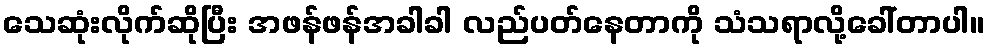
သေဆုံးလိုက်ဆိုပြီး အဖန်ဖန်အခါခါ လည်ပတ်နေတာကို သံသရာလို့ခေါ်တာပါ။